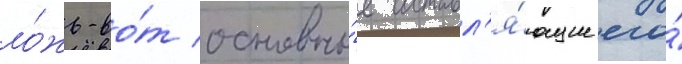
ло́жь-во́т основны́е составл'я́ющие его́